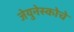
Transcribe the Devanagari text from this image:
जेयुनेस्कोचे